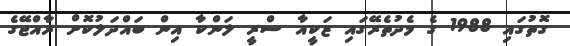
ގޮތުގައި 1988 ގެ މެދުތެރޭގައި ޒަކީއާ ސްރީ ލަންކާ އިން ބައްދަލުކޮށް ރާއްޖޭގެ